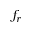
f _ { r }